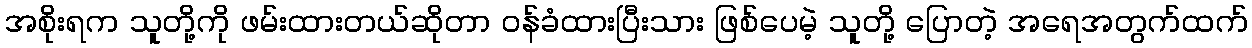
အစိုးရက သူတို့ကို ဖမ်းထားတယ်ဆိုတာ ဝန်ခံထားပြီးသား ဖြစ်ပေမဲ့ သူတို့ ပြောတဲ့ အရေအတွက်ထက်